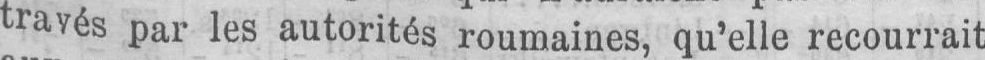
través par les autorités roumaines, qu’elle recourrait